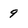
Character: 9